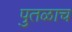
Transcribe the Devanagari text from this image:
पुतळाच